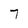
Character: 7